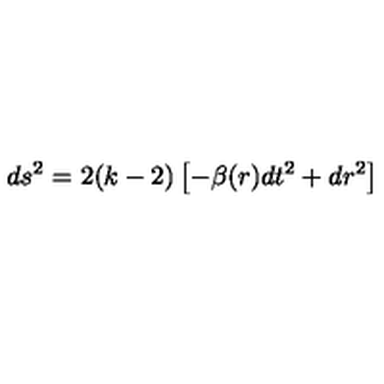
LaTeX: d s ^ { 2 } = 2 ( k - 2 ) \left[ - \beta ( r ) d t ^ { 2 } + d r ^ { 2 } \right]